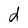
Character: d